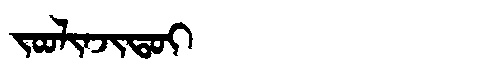
Manchu: ᠵᠣᠣᠯᡳᠨᠵᡳᡨᠣᡳ
Romanization: JOOLINJITOI